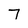
Character: 7